Martna_vallavalitsus, lk 37
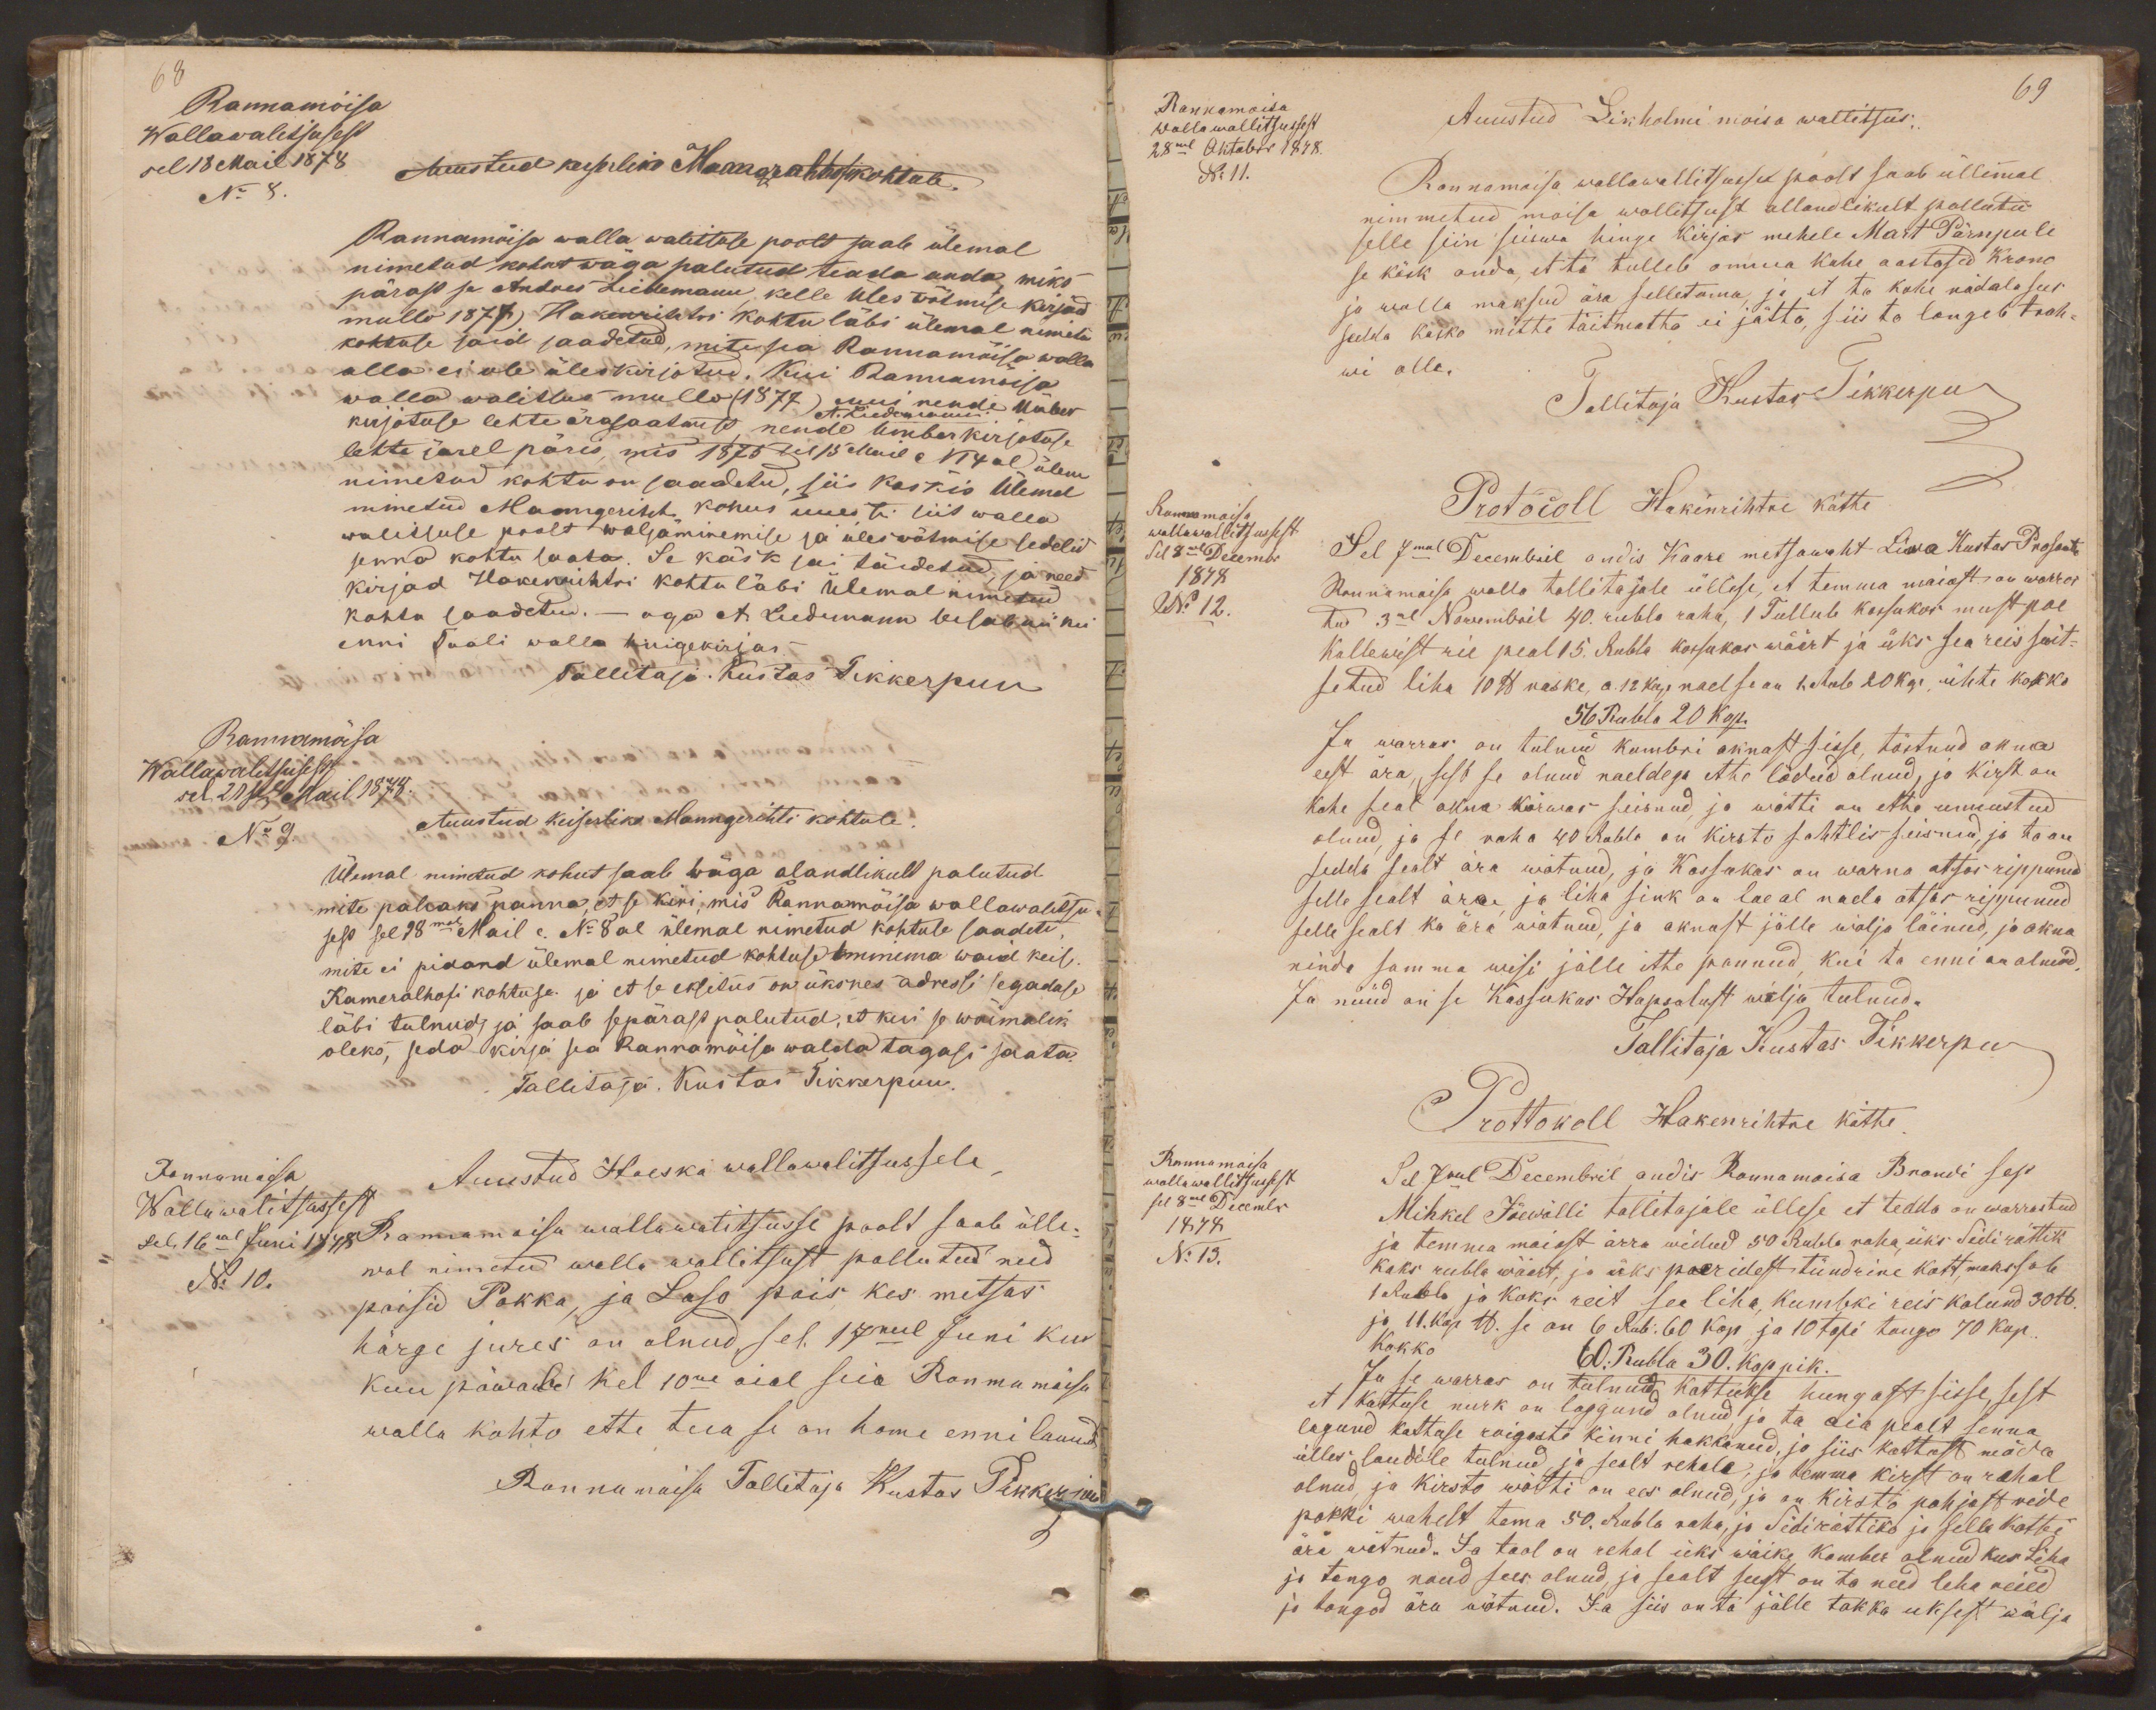
Rannamõisa
Wallawalitsusest
sel 18 Mail 1878
Auustud keiserliko Manngerihtkohtule.
No 8.
Rannamõisa walla walituse poolt saab ülemal
nimetud kohut wäga palutud teada anda, miks
pärast se Andres Liedemann, kelle üles wõtmise kirjad
mullo 1877). Hakenrihtri kohtu läbi ülemal nimetud
kohtuse said saadetud, mite sia Rannamõisa walla
alla ei ole üleskirjotud. Kui Rannamõisa
walla walitsus mullo (1877) kuus nende Ümber
A. Liidemann
kirjotuse lehte ärasaatmist nende Ümber kirjotuse
lehte järel päris, mis 1875 sel 15 Mail N 14 al ülem
nimetud kohtu on saadetud, siis käskis ülemel
nimetud Manngeriht kohus uuesti siit walla
walitsuse poolt wäljaminemise ja üleswõtmise sedelid
senna kohtu saata. Se käsk sai täidetud, ja need
kirjad Hakenrihtri kohtu läbi ülemal nimetud
kohtu saadetud. - aga A. Liedemann seisab nii kui
enni Taali walla hingekirjas
Tallitaja. Kustas Tikkerpuu
Rannamõisa
Wallawalsusest
sel 21sel Mail 1878.
No 9.
Auustud Keiserliko Manngerihti kohtule
Ülemal nimetatud kohut saab wäga alandlikult palutud
mite pahaks panna, et se kiri, mis Rannamõisa wallawalitsu
sest sel 18mal Mail c. No 8 al ülemal nimetud kohtule saadeti,
mite ei pidand ülemal nimetud kohtuse minema waid keis.
Kameralhofi kohtuse ja et se eksitus on üksnes adressi segaduse
läbi tulnud, ja saab sepärast palutud, et kui se wõimalik
oleks, seda kirja sea Rannamõisa walda tagasi saata.
Tallitaja. Kustas Tikkerpuu.
Rannamõisa
Auustud Haeska wallawalitsussele,
Wallawalitsussest
sel. 16mal Juni 1878
Rannamoisa wallawalitsusse poolt saab ülle-
No 10.
wal nimetud walla wallitsust pallutud need
poisid Pokka, ja Laso pois, kes metsas
härge jures on olnud, sel 17mel Juni kuu
kuu päwale kel 10ne aial seia Rannamõisa
walla kohto ette tua se on home enni lounad
Rannamoisa Tallitaja Kustas Tikkerpuu

69
Auustud Likholmi moisa wallitsus.
Rannamoisa
Walla wallitsussest
28mal Oktober 1878.
Rannamoisa wallawallitsusse poolt saab üllemal
No 11.
nimmetud moisa wallitsust allandlikult pallutud
selle siin seiswa hinge kirjas mehele Mart Pärnpule
se käsk anda, et ta tulleb omma kahe aastased krono
ja walla maksud ära selletama, ja et ta kahe nädala sees
sedda käsko mitte täitmatta ei jätta, siis ta langeb trah-
wi alla.
Tallitaja Kustas Tikkerpu
Protocoll Hakenrihtre kätte
Rannamoisa
wallawallitsussest
Sel 7mal Decembril andis Kaare metsawaht Liwa Kustas Prosaati
Sel 8mal Decembr
Rennamoisa walla tallitajale üllese, et temma maiast on warras
1878
tud 3al Nowembril 40. rubla raha, 1 Tallub kassukas must poe
No 12.
kallewist rie peal 15. Rubla kassukas wäärt ja üks sea reis suit-
setud liha 10 lb raske, a. 12 kop. nael se on 1. Rub 20 kop. ühte kokko
56 Rubla 20 kop.
Ja warras on tulnud kambri aknast sisse tõstnud akna
eest ära, sest se olnud naeldega ette lödud olnud, ja kirst on
kohe seal akna kõrwas seisnud, ja wõtti on ette unnustud
olnud, ja se raha 40 Rubla on kirsto sahtlis seisnud, ja ta on
sedda sealt ära wõtnud, ja Kassukas on warna otsas rippunud
selle sealt ära, ja liha sink on lae al naela otsas rippunud
selle sealt ka ära wõtnud, ja aknast jälle wälja läinud, ja akna
ninda samma wisi jälle ette pannud, kui ta enne on olnud
Ja nüüd on se Kassukas Hapsalust wälja tulnud.
Tallitaja Kustas Tikkerpu
Prottokoll Hakenrihtre kätte
Sel 7mel Decembril andis Rannamoisa Brandi sest
Rannamoisa
wallawallitsussest
Mihkel Jõewälli tallitajale üllese et tedda on warrastud
sel 8mal Decembr
ja temma maiast ärra widud 50 Rubla raha üks Sidi rättik
1878
kaks rubla wäärt, ja üks poeridest tündrine kott, maksab
No 13.
1 Rubla ja kaks reit sea liha kumbki reis kalund 30lb
ja 11. kop lb. se on 6 Rub. 60 kop ja 10 topi tango 70 kop.
Kokko 60 Rubla 30. Koppik.
Ja se warras on tulnud kattukse hungost sisse, sest
et kattuse nurk on laggund olnud, ja ta aia pealt senna
lagund kattuse roigaste kinni hakkanud, ja siis kattust möda
ülles laudale tulnud ja sealt rehele, ja temma kirst on rehel
olnud, ja kirsto wõtti on ees olnud, ja on kirsto pohjast ride
pakki wahelt tema 50. Rubla raha, ja Sidirättiko ja selle kotti
ära wõtnud. Ja taol on rehal üks wäike kamber olnud kus Liha
ja tango noud sees olnud, ja sealt seest on ta need leha reied
ja tangod ära wõtnud. Ja siis on ta jälle takka uksest wälja